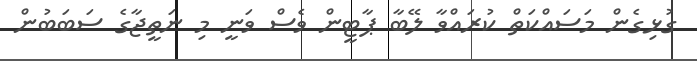
ގުޅިގެން މަސައްކަތް ކުރައްވާ ލޭބާ ޕާޓީން ވެސް ވަނީ މި ނަތީޖާގެ ސަބަބުން